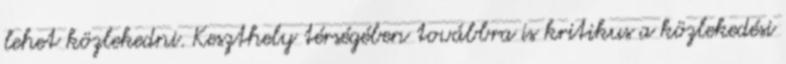
lehet közlekedni. Keszthely térségében továbbra is kritikus a közlekedési